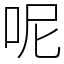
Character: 呢